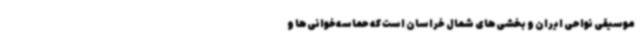
موسیقی نواحی ایران و بخشی‌های شمال خراسان است که حماسه‌خوانی‌ها و